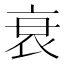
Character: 衰